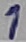
Text: 1